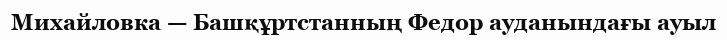
Михайловка — Башқұртстанның Федор ауданындағы ауыл